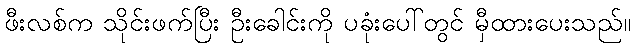
ဖီးလစ်က သိုင်းဖက်ပြီး ဦးခေါင်းကို ပခုံးပေါ်တွင် မှီထားပေးသည်။